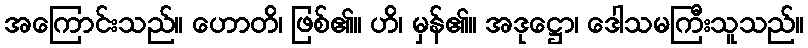
အကြောင်းသည်။ ဟောတိ၊ ဖြစ်၏။ ဟိ၊ မှန်၏။ အဒုဋ္ဌော၊ ဒေါသမကြီးသူသည်။